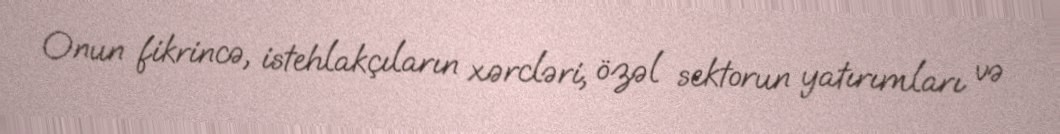
Onun fikrincə, istehlakçıların xərcləri, özəl sektorun yatırımları və